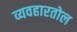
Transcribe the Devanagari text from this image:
व्यवहारतोल